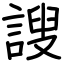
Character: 謏